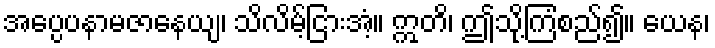
အပ္ပေပနာမဇာနေယျ၊ သိလိမ့်ငြားအံ့။ ဣတိ၊ ဤသို့ကြံစည်၍။ ယေန၊